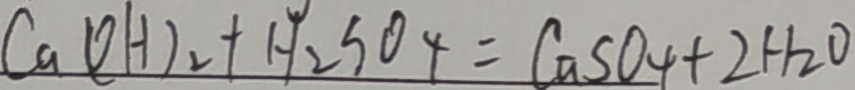
C a ( O H ) _ { 2 } + H _ { 2 } S O _ { 4 } = C a S O _ { 4 } + 2 H _ { 2 } O